Report of the Municipal Commissioner on the plague in Bombay for the year ending 31st May... - Volume 2
Disease focus: Plague
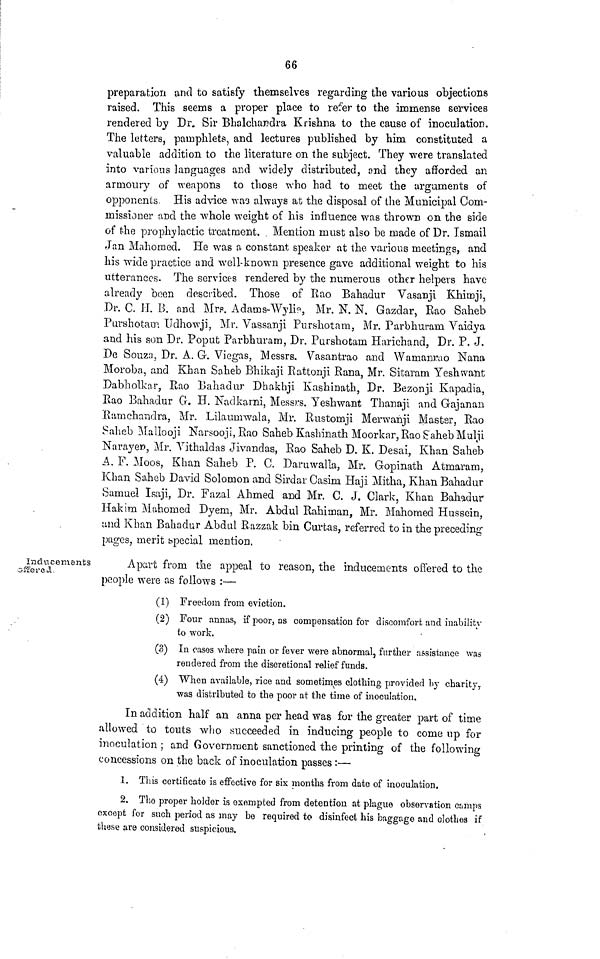
66
preparation and to satisfy themselves regarding the various objections
raised. This seems a proper place to refer to the immense services
rendered by Dr. Sir Bhalchandra Krishna to the cause of inoculation.
The letters, pamphlets, and lectures published by him constituted a
valuable addition to the literature on the subject. They were translated
into various languages and widely distributed, and they afforded an
armoury of weapons to those who had to meet the arguments of
opponents. His advice \vaa always at the disposal of the Municipal Com-
missioner and the whole weight of his influence was thrown on the side
of the prophylactic treatment. Mention must also be made of Dr. Ismail
Jan Mahomed. He was a constant speaker at the various meetings, and
his wide practice and well-known presence gave additional weight to his
utterances. The services rendered by the numerous other helpers have
already been described. Those of Rao Bahadur Vasanji Khimji,
Dr. C. IT. B. and Mr,. Adams-Wyli?, Mr. N. N. Gazdar, Rao Saheb
Purshotatn Udhowji, Mr. Vassanji Purshotam, Mr. Parbhurani Yaidya
and his son Dr. Poput Parbhuram, Dr. Purshotam Harichand, Dr. P. J.
De Souza, Dr. A. G. Viegas, Messrs. Vasantrao and Wamanrao Nana
Moroba, and Khan Saheb Bhikaji Rattonji Rana, Mr. Sitaram Yeshwant
Dabholkar, Rao Bahadur Dhakhji Kashinath, Dr. Bezonji Kapadia,
Rao Bahadur G. H. Nadkarni, Messrs. Yeshwant Thanaji and Gajanan
Eamchandra, Mr. Lilaunrwala, Mr. Rustomji Merwanji Master, Rao
Saheb Mallooji Narsooji, Rao Saheb Kashinath Moorkar, Rao Saheb Mulji
Narayen, Mr. Yithaldas Jivandas, Rao Saheb D. K. Desai, Khan Saheb
A. F. Moos, Khan Saheb P. C. Daruwalla, Mr. Gopinath Atmaram,
Khan Saheb David Solomon and Sirdar Casim Haji Mitha, Khan Bahadur
Samuel Isaji, Dr. Fazal Ahmed and Mr. C. J. Clark, Khan Bahadur
Hakim Mahomed Dyem, Mr. Abdul Rahirnan, Mr. Mahomed Hussein,
und Khan Bahadur Abdul Razzak bin Curtas, referred to in the preceding
pages, merit bpecial mention.
Inducements
offered,
Apart from the appeal to reason, the inducements offered to the
people were as follows :—
(1) Freedom from eviction.
(2) Four annas, if poor, as compensation for discomfort and inability-
to work.
(3) In cases where pain or fever were abnormal, further assistance was
rendered from the discretional relief funds.
(4) When available, rice and sometimes clothing provided by charity,.
was distributed to the poor at the time of inoculation.
In addition half an anna per head was for the greater part of time
allowed to touts who succeeded in inducing people to come up for
inoculation ; and Government sanctioned the printing of the following
concessions on the back of inoculation passes:—
1. This certificate is effective for six months from date of inoculation,
2. The proper holder is exempted from detention at plague observation camps
except for such period as may be required to disinfect his baggage and clothes if
these are considered suspicious.